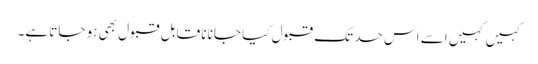
کہیں کہیں اسے اس حد تک قبول کیا جانا نا قابل قبول بھی ہو جاتا ہے۔